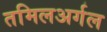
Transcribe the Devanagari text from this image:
तमिलअर्गल